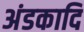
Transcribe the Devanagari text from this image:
अंडकादि